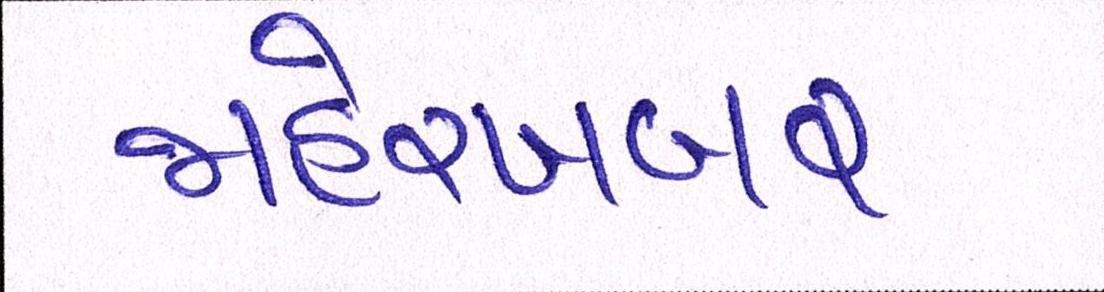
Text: જાહેરખબર